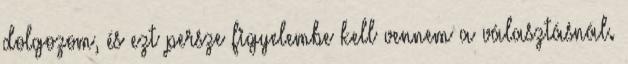
dolgozom, és ezt persze figyelembe kell vennem a választásnál.